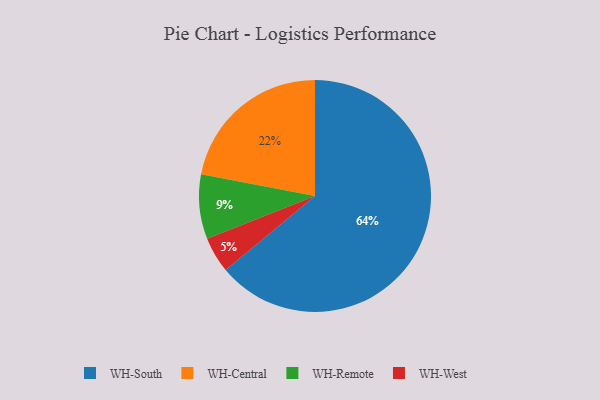
{"axis": {"x": "Category", "y": "Percentage"}, "legend": ["WH-Central", "WH-Remote", "WH-South", "WH-West"], "data": [{"x": "WH-South", "y": 64, "type": "WH-South"}, {"x": "WH-West", "y": 5, "type": "WH-West"}, {"x": "WH-Remote", "y": 9, "type": "WH-Remote"}, {"x": "WH-Central", "y": 22, "type": "WH-Central"}]}